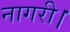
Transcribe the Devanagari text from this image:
नागरी।